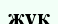
жұқ